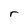
Character: r